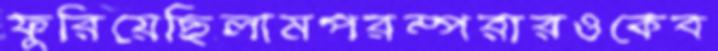
ফুরিয়েছিলামপরম্পরারওকেব